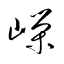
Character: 嶸